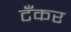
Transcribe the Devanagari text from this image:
टॅँकर